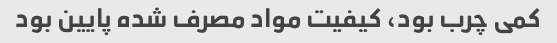
کمی چرب بود، کیفیت مواد مصرف شده پایین بود